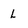
Character: L